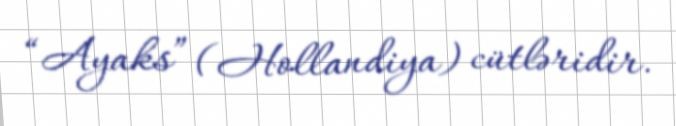
“Ayaks” (Hollandiya) cütləridir.